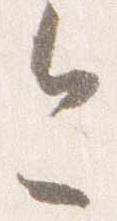
今